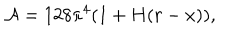
{ \cal A } = 1 2 8 \pi ^ { 4 } ( 1 + H ( r - x ) ) ,